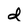
Character: d